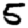
Digit: 5